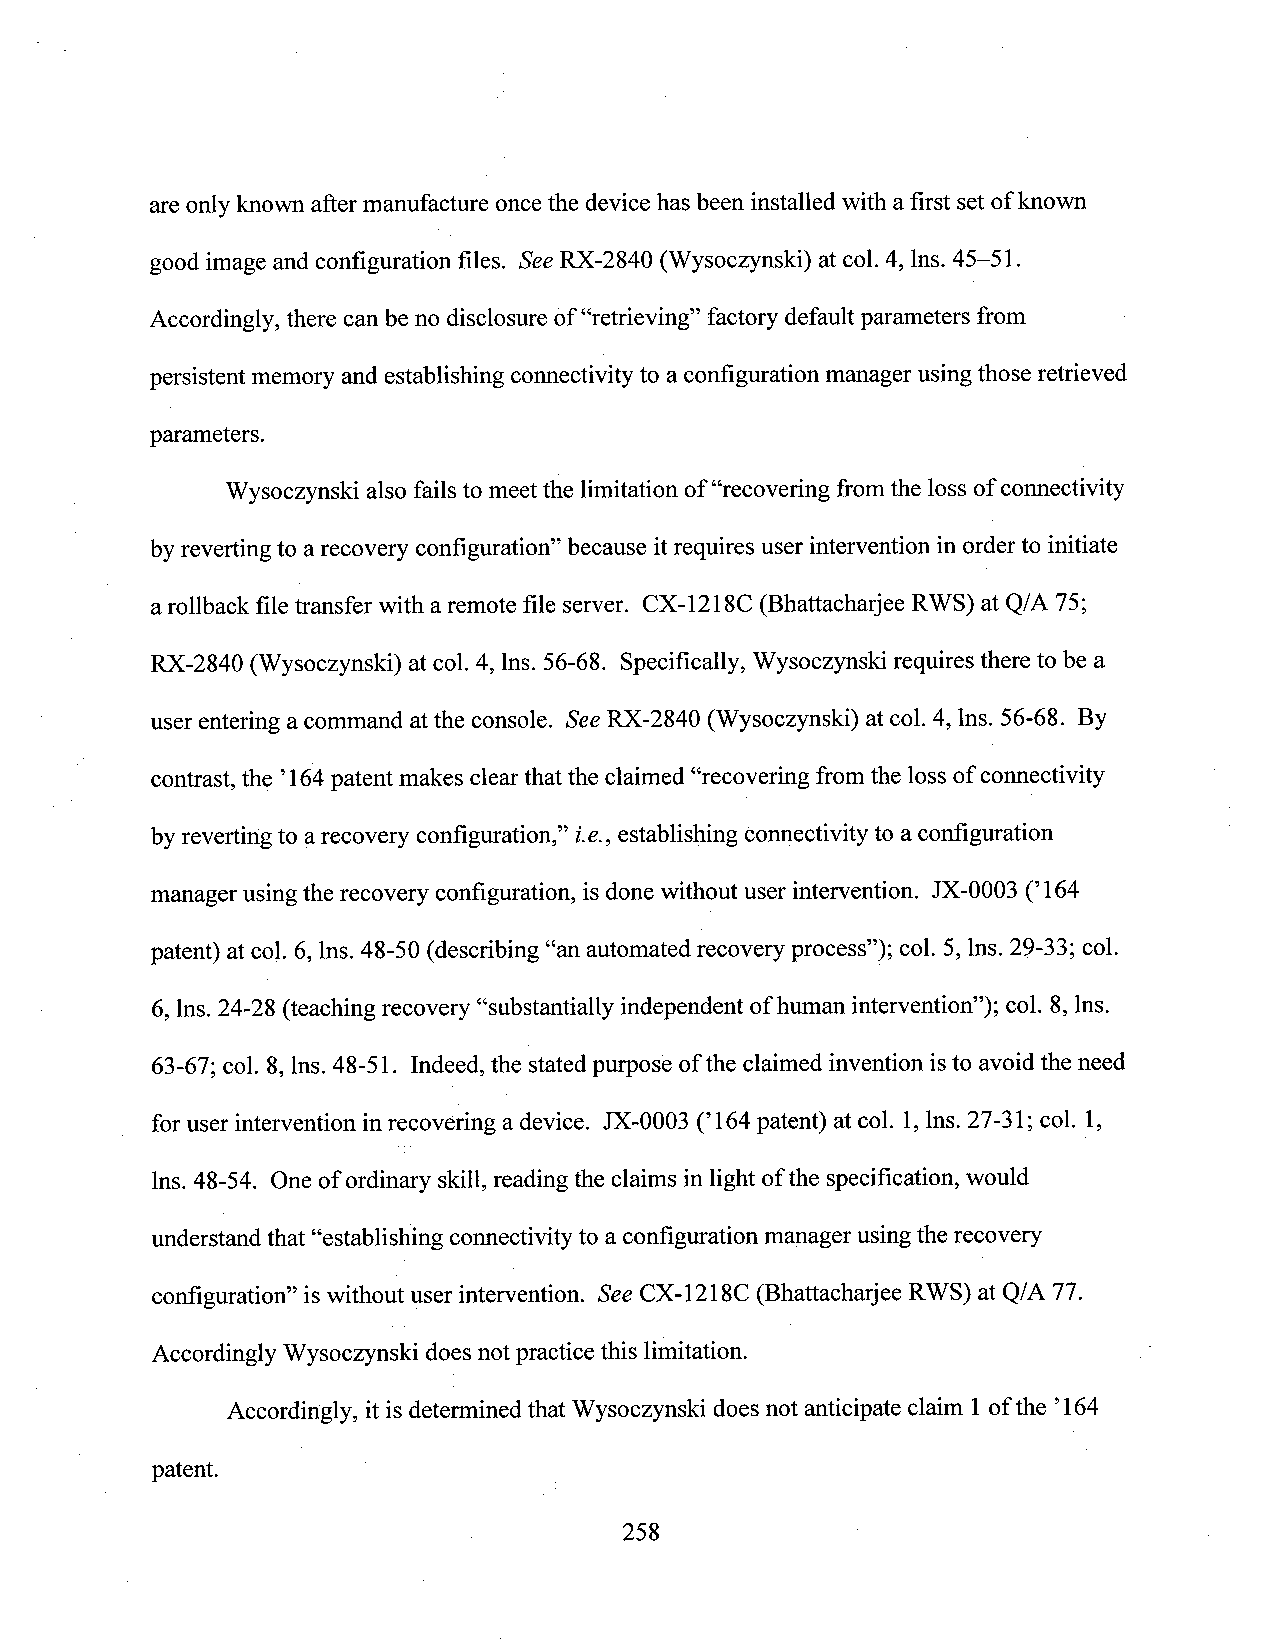
areonly known after manufacture oncethe device has been installed with afirst setof known
 good image and configuration files. SeeRX-2840 (Wysoczynski) at col.4, lns. 45-51.
 Accordingly, there can be no disclosureof“retrieving” factory default parameters from
 persistent memory and establishing connectivityto a configuration managerusing those retrieved
 parameters.
 Wysoczynski also fails to meetthe limitation of“recovering fromthe loss of connectivity
 byreverting to a recovery configuration” because itrequires user intervention in orderto initiate
 arollback file transfer with aremote file server. CX-1218C (Bhattacharjee RWS) at Q/A 75;
 RX-2840 (Wysoczynski) at col. 4, lns. 56-68. Specifically, Wysoczynski requires there to be a
 user entering acommand atthe console. SeeRX-2840 (Wysoczynski) at col. 4, lns. 56-68. By
 contrast, the ’1614patent makes clear that the claimed “recovering from the loss of connectivity
 byreverting to arecovery configuration,” i.e., establishing connectivity to a configuration
 manager usingthe recovery configuration, isdone without user intervention. JX-0003 (’l64
 patent) atcol. 6,lns. 48-50 (describing “an automated recovery process”); col. 5, lns. 29-33; col.
 6, lns. 24-28 (teaching recovery “substantially independent of human intervention”); col. 8,lns.
 63-67; col. 8,lns. 48-51. Indeed, the statedpurpose of the claimed invention isto avoid the need
 for user intervention in recovering adevice. JX-0003 (’l64 patent) at col. 1,lns. 27-31; col. 1,
 lns.48-54. Oneof ordinary skill,reading the claims in light ofthe specification, would
 understand that“establishing connectivityto a configuration manager usingthe recovery
 configuration” iswithout user intervention. See CX-1218C (Bhattacharjee RWS) at Q/A 77.
 Accordingly Wysoczynski does notpractice this limitation. l
 Accordingly, it is determined that Wysoczynski does not anticipate claim 1of the ’164
 patent.
 258